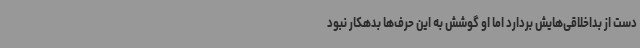
دست از بداخلاقی‌هایش بردارد اما او گوشش به این حرف‌ها بدهکار نبود